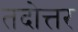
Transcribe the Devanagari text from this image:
तदोत्तर